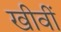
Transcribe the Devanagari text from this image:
खीवीं